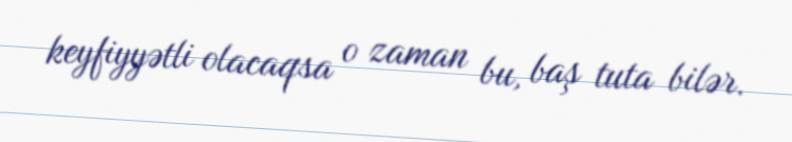
keyfiyyətli olacaqsa o zaman bu, baş tuta bilər.